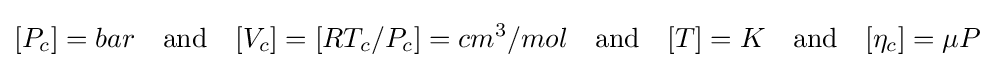
[P_{c}]=bar\quad {\text{and}}\quad [V_{c}]=[RT_{c}/P_{c}]=cm^{3}/mol\quad {\text{and}}\quad [T]=K\quad {\text{and}}\quad [\eta _{c}]=\mu P